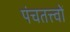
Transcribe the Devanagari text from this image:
पंचतत्त्वों